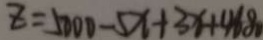
z = 5 0 0 0 - 5 x + 3 x + 4 6 8 0